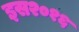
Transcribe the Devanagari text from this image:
इस२०१६